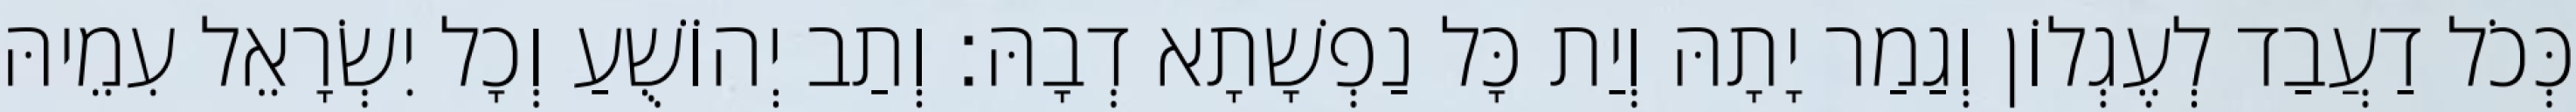
כְּכֹל דַעֲבַד לְעֶגְלוֹן וְגַמַר יָתָהּ וְיַת כָּל נַפְשָׁתָא דְבָהּ׃ וְתַב יְהוֹשֻׁעַ וְכָל יִשְׂרָאֵל עִמֵיהּ